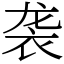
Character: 袭